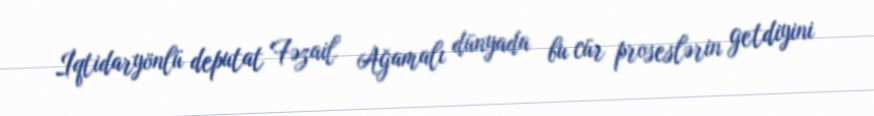
İqtidaryönlü deputat Fəzail Ağamalı dünyada bu cür proseslərin getdiyini